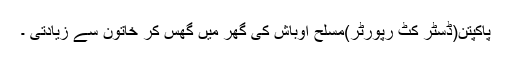
پاکپتن(ڈسٹر کٹ رپورٹر)مسلح اوباش کی گھر میں گھس کر خاتون سے زیادتی ۔